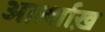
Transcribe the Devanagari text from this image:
आर्त्शाख़